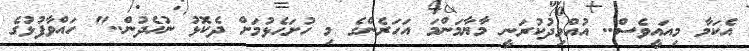
އެކަމާ މިއައީވެސް.. އުއްމިދުކުރަނީ މާޔާމަންމަ އަހަރެންގެ މި ހުށަހެޅުމަށް ދެކޮޅު ނުހެދުން.." ހައްވާފުޅުގެ